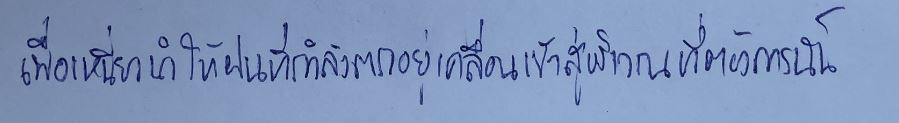
เพื่อเหนี่ยวนำให้ฝนที่กำลังตกอยู่เคลื่อนเข้าสู่บริเวณที่ต้องการนั้น